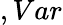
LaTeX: ,Var